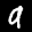
Label: 9